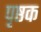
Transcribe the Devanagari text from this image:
पृष्ठक